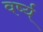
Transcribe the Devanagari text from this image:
वर्ष्य